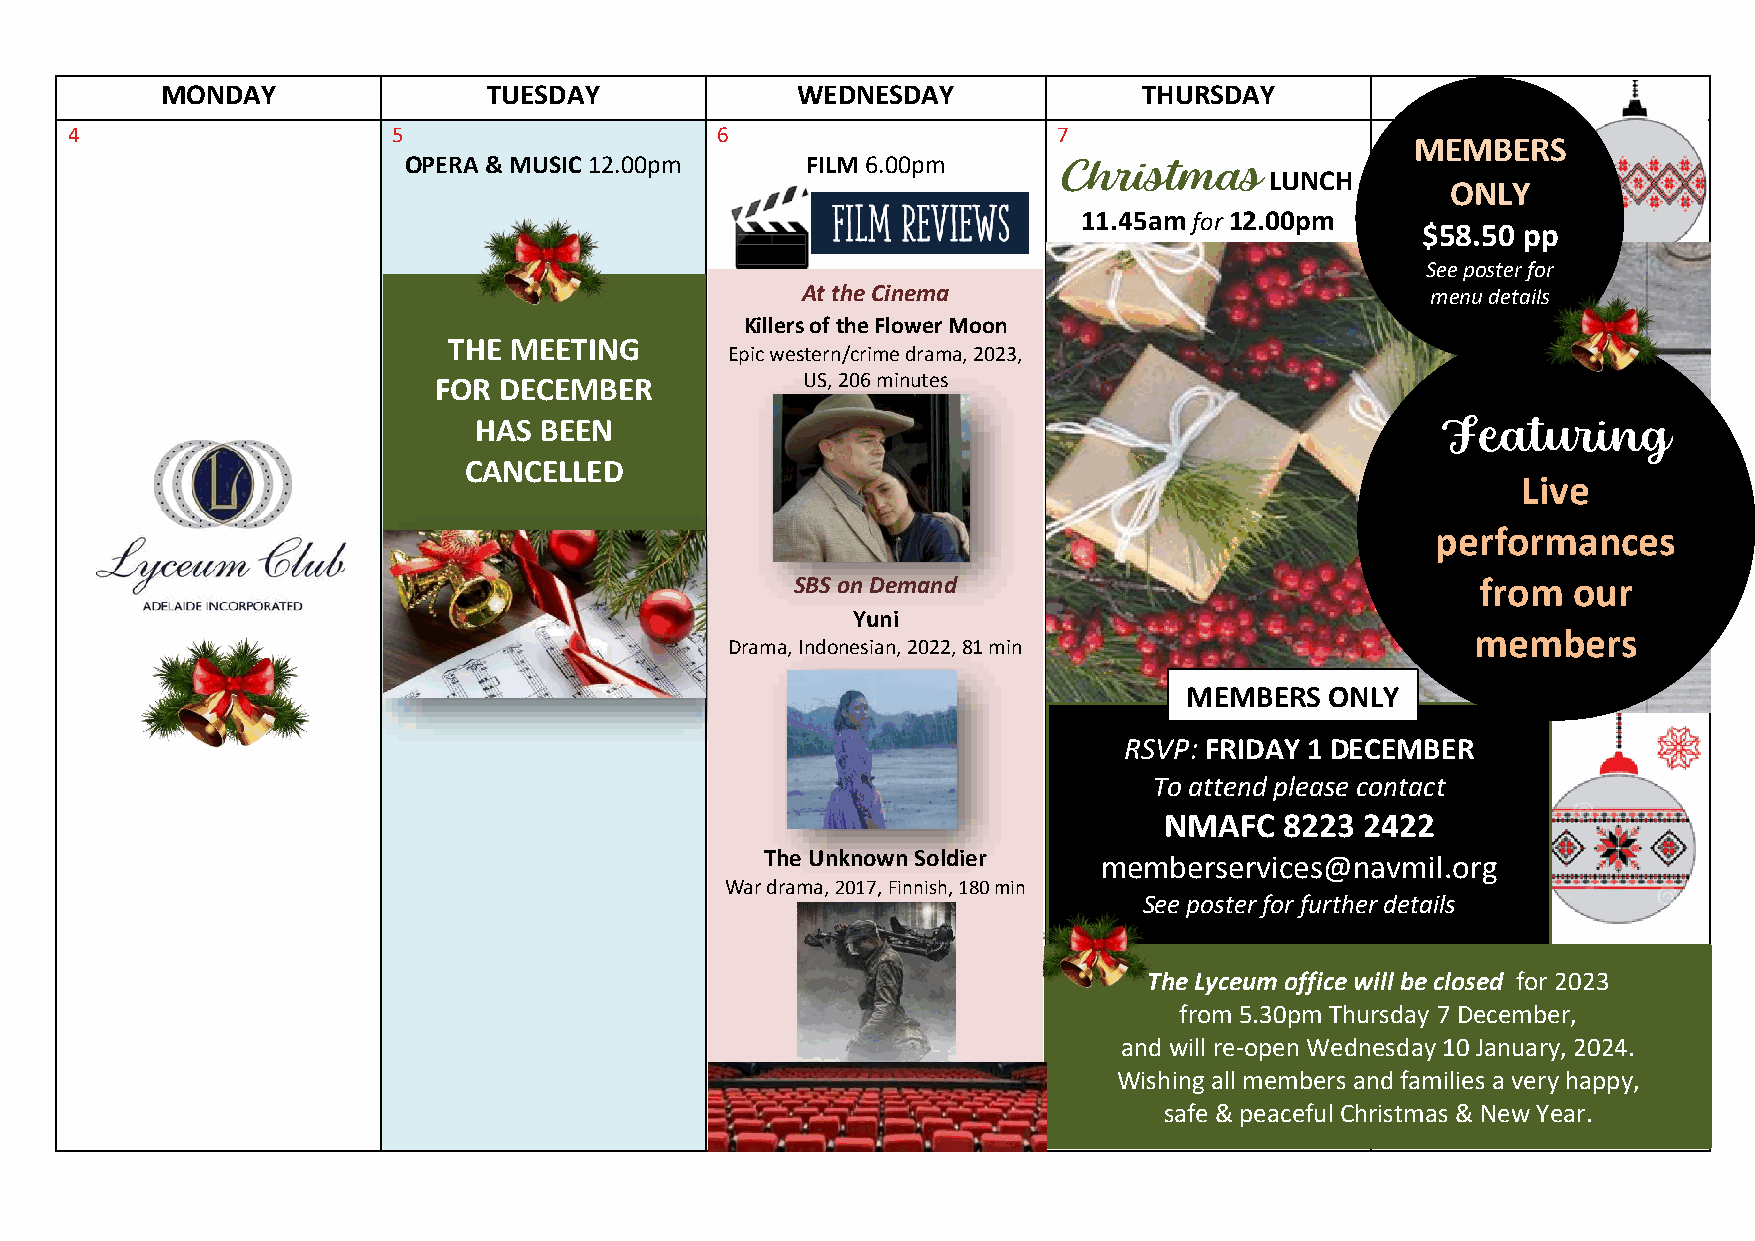
MONDAY               TUESDAY              WEDNESDAY              THURSDAY
 4                     5                    6                      7
 MEMBERS
 OPERA & MUSIC 12.00pm     FILM 6.00pm      Christmas
 LUNCH
 ONLY
 11.45am for 12.00pm
 $58.50 pp
 To attend please contact
 See poster for
 At the C inema                            menu details
 Killers of the F lower Moon
 THE MEETING
 Epic western/crim e drama, 2023,
 FOR DEC EMBER           US, 206 minutes
 HAS  B EEN                                                      Featuring
 CANCE LLED
 Live
 performances
 SBS on Demand                                from  our
 Yu ni
 members
 Drama, Indonesian, 2022, 81 min
 MEMBERS   ONLY
 RSVP: FRIDAY 1 DECEMBER
 To at tend please contact
 NM  AFC 8223 2422
 The Unkno wn Soldier
 memberservices@navmil.org
 War drama, 2017 , Finnish, 180 min
 See poster for further details
 The Lyceum office will be closed for 2023
 from 5.30pm Thursday 7 December,
 and will re-open Wednesday 10 January, 2024.
 Wishing all members and families a very happy,
 safe & peaceful Christmas & New Year.